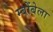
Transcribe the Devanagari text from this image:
म्बोंबेला